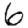
Digit: 6